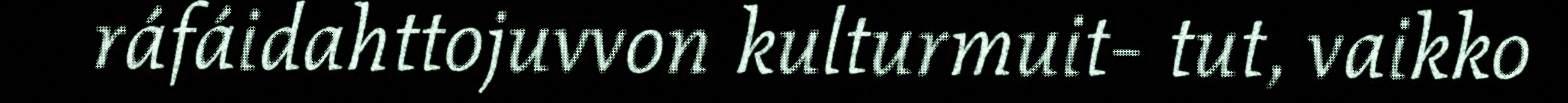
ráfáidahttojuvvon kulturmuit- tut, vaikko